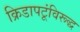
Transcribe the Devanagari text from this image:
क्रिडापटूंविरूद्ध